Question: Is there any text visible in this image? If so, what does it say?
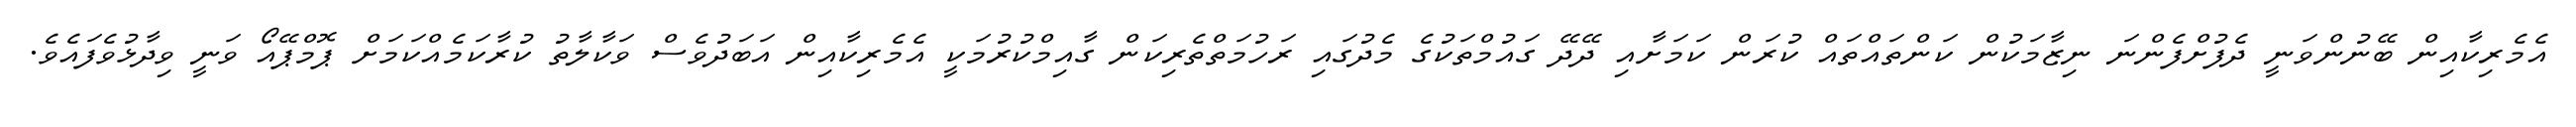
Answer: އެމެރިކާއިން ބޭނުންވަނީ ދެފުށްފެންނަ ނިޒާމަކުން ކަންތައްތައް ކުރަން ކަމަށާއި ދޭދޭ ގައުމްތަކުގެ މެދުގައި ރަހުމަތްތެރިކަން ގާއިމްކުރުމަކީ އެމެރިކާއިން އަބަދުވެސް ވަކާލާތު ކުރާކަމެއްކަމަށް ޕޮމްޕޭއޯ ވަނީ ވިދާޅުވެފައެވެ.